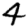
Digit: 4